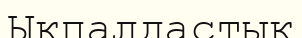
Ықпалдастық